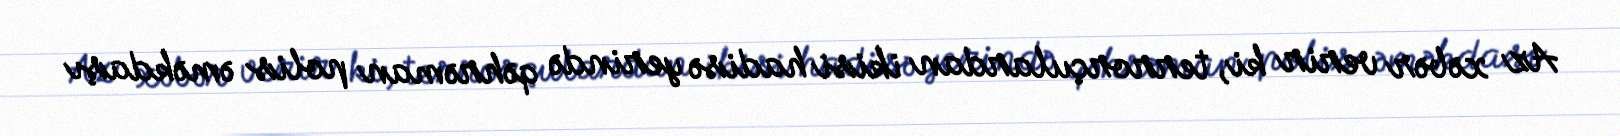
Az xəbər verir ki, terrorçulardan ikisi hadisə yerində qəhrəman polis əməkdaşı